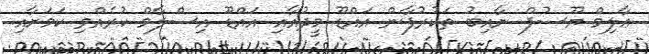
ޢާލިމް ޔޫސުފް ނާއިބު ތަކުރުފާން އައްޑޫ މީދުއާއި އައްޑޫ އިސްލާމް ކުރެއްވި ކަމަށާއި